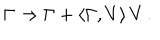
\Gamma \to \Gamma + \langle \Gamma , V \rangle \, V \, .